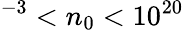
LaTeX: ^{-3}<n_{0}<10^{20}